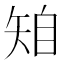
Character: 𥏆